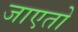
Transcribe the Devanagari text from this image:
जाएतो